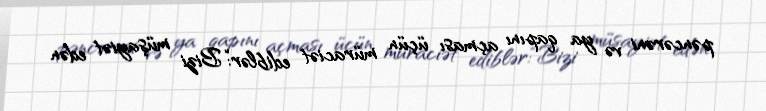
pəncərəni və ya qapını açması üçün müraciət ediblər:“Bizi müşayiət edən